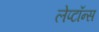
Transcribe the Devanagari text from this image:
लेप्टॉन्स